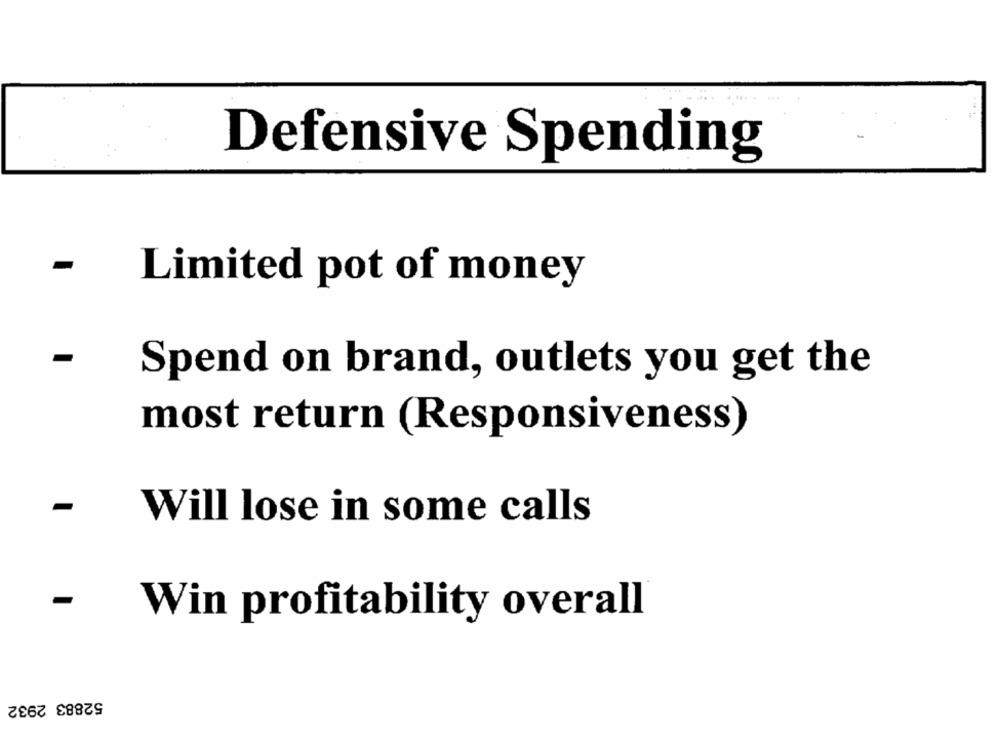
Defensive Spending
-
Limited pot of money
Spend on brand, outlets you get the
most return (Responsiveness)
Will lose in some calls
-
Win profitability overall
52883 2932